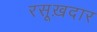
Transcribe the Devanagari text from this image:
रसूख़दार